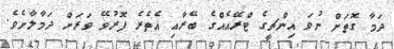
ދަމާ ގޮތަށް ނުވަ އިންޗީގެ ޓްރޭއެއްގެ ބޭރާއި އެތެރެ ފޮރުވޭ ވަރަށް ދަމާލާށެވެ.